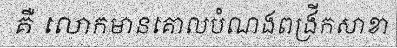
គឺ លោកមានគោលបំណងពង្រីកសាខា